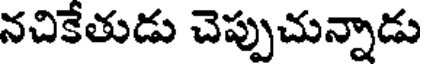
నచికేతుడు చెప్పుచున్నాడు